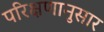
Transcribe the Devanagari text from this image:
परिक्षणानुसार